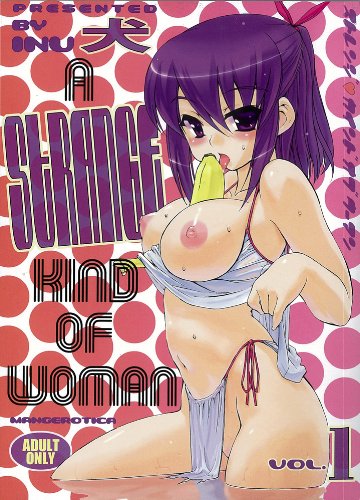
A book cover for A Strange Kind of Woman, Vol. 1; Inu; Comics & Graphic Novels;